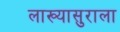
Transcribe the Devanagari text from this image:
लाख्यासुराला